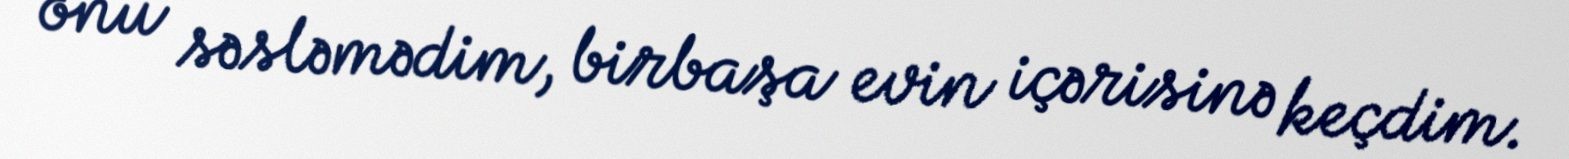
onu səsləmədim, birbaşa evin içərisinə keçdim.